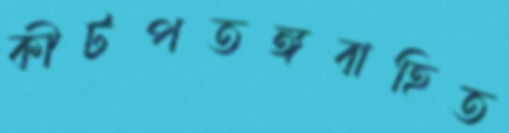
কীটপতঙ্গবাহিত